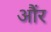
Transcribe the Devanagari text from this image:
औंर